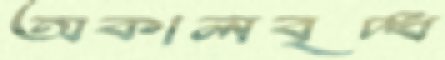
অকালবৃদ্ধ